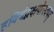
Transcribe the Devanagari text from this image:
हविर्वद्भक्षयेत्स्वयम्